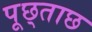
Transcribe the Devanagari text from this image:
पूछ्ताछ